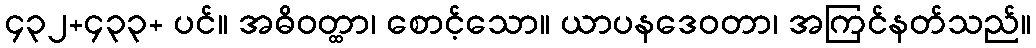
၄၃၂+၄၃၃+ ပင်။ အဓိဝတ္ထာ၊ စောင့်သော။ ယာပနဒေဝတာ၊ အကြင်နတ်သည်။